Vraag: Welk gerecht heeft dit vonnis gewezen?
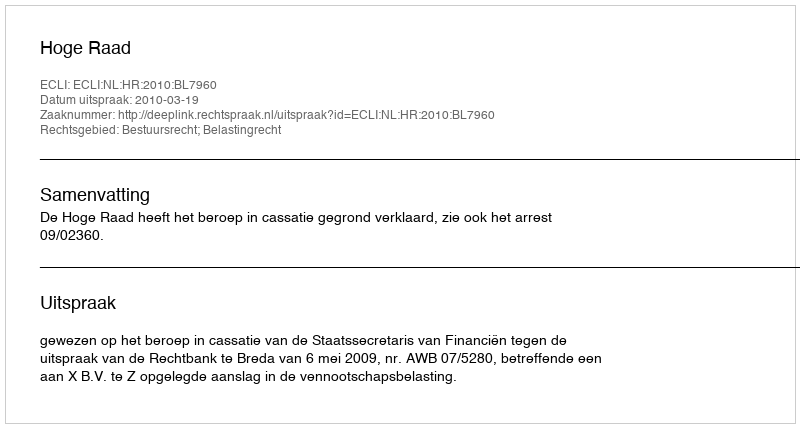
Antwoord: Hoge Raad